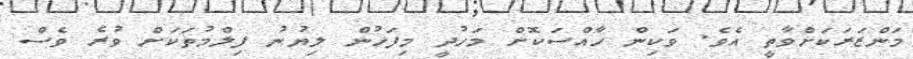
މަންޒަރަކަށްވާތީ އެވެ. ވަކިން ހާއްސަކޮށް މަހުދީ މިފަހުން ލިޔުނު ފިލްމުތަކަށް ވުރެ ވެސް